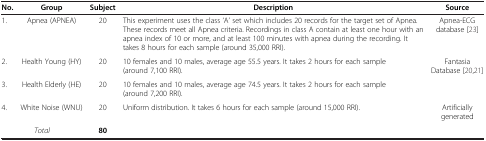
<table><thead><tr><td><b>No.</b></td><td><b>Group</b></td><td><b>Subject</b></td><td><b>Description</b></td><td><b>Source</b></td></tr></thead><tbody><tr><td>1.</td><td>Apnea (APNEA)</td><td>20</td><td>This experiment uses the class ‘A’ set which includes 20 records for the target set of Apnea. These records meet all Apnea criteria. Recordings in class A contain at least one hour with an apnea index of 10 or more, and at least 100 minutes with apnea during the recording. It takes 8 hours for each sample (around 35,000 RRI).</td><td>Apnea-ECG database [23]</td></tr><tr><td>2.</td><td>Health Young (HY)</td><td>20</td><td>10 females and 10 males, average age 55.5 years. It takes 2 hours for each sample (around 7,100 RRI).</td><td rowspan="2">Fantasia Database [20,21]</td></tr><tr><td>3.</td><td>Health Elderly (HE)</td><td>20</td><td>10 females and 10 males, average age 74.5 years. It takes 2 hours for each sample (around 7,200 RRI).</td></tr><tr><td>4.</td><td>White Noise (WNU)</td><td>20</td><td>Uniform distribution. It takes 6 hours for each sample (around 15,000 RRI).</td><td>Artificially generated</td></tr><tr><td> </td><td><i>Total</i></td><td><b>80</b></td><td> </td><td> </td></tr></tbody></table>